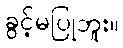
ခွင့်မပြုဘူး။